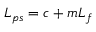
\begin{array} { r } { L _ { p s } = c + m L _ { f } } \end{array}